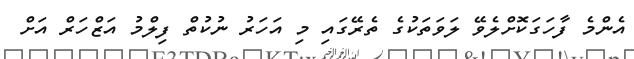
އެންމެ ފާހަގަކޮށްލެވޭ ލަވަތަކުގެ ތެރޭގައި މި އަހަރު ނުކުތް ފިލްމު އަޒްހަރް އަށް